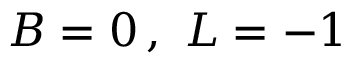
\, B = 0 \, , ~ L = - 1